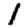
Digit: 1